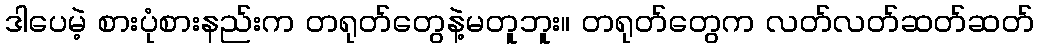
ဒါပေမဲ့ စားပုံစားနည်းက တရုတ်တွေနဲ့မတူဘူး။ တရုတ်တွေက လတ်လတ်ဆတ်ဆတ်